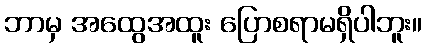
ဘာမှ အထွေအထူး ပြောစရာမရှိပါဘူး။